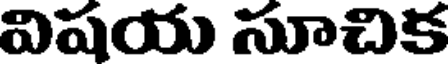
విషయ సూచిక